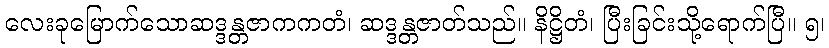
လေးခုမြောက်သောဆဒ္ဒန္တဇာကကတံ၊ ဆဒ္ဒန္တဇာတ်သည်။ နိဋ္ဌိတံ၊ ပြီးခြင်းသို့ရောက်ပြီ။ ၅၊